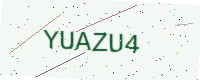
Text: YUAZU4